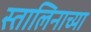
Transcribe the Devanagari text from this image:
स्तालिनाच्या